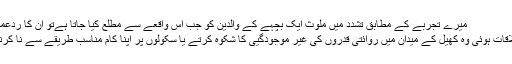
میرے تجربے کے مطابق تشدد میں ملوث ایک بچہے کے والدین کو جب اس واقعے سے مطلع کیا جاتا ہےتو ان کا ردّعمل بہت جانا بوجھا ہوتا ہے.
وہ والدین جن سے میری ملاقات ہوئی وہ کھیل کے میدان میں روائتی قدروں کی غیر موجودگیی کا شکوہ کرتے یا سکولوں پر اپنا کام مناسب طریقے سے نا کرنے کا الزام عائد کرتے ہیں۔